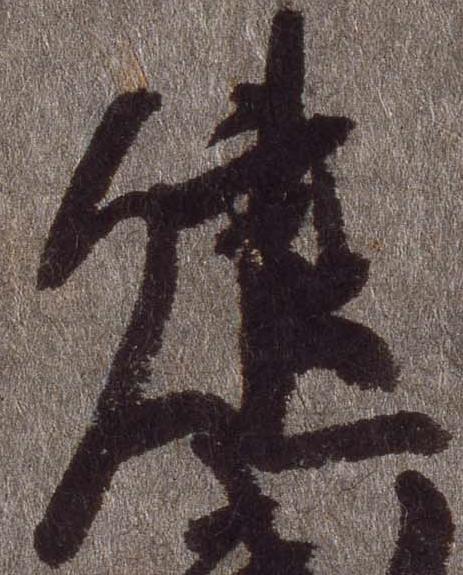
建